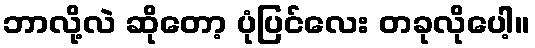
ဘာလို့လဲ ဆိုတော့ ပုံပြင်လေး တခုလိုပေါ့။